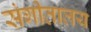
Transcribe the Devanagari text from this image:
संगीतालय